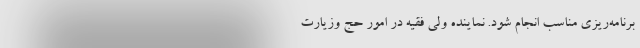
برنامه‌ریزی مناسب انجام شود. ‌نماینده ولی فقیه در امور حج وزیارت